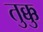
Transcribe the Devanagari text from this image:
तुक्कु